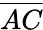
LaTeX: \overline{{AC}}